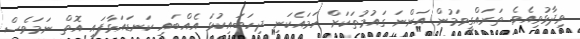
ވިދާޅުވިއެވެ. ތަރައްގީވަމުން އަންނަ ގައުމުތަކަށް ހަމައެކަނި ދިހަބައިކުޅަ އެއްބައި ކަނޑައަޅާފައި އޮތް ނަމަވެސް